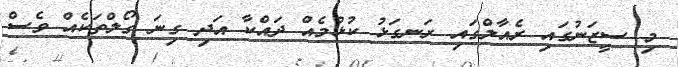
މި ސީޒަނުގައި ރެއާލްގައި ރަނގަޅު ކުޅުމެއް ދައްކާ އަދި ގިނަ ގޯލްތަކެއް ވެސް